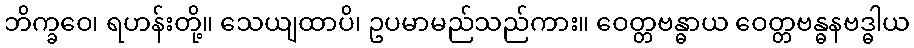
ဘိက္ခဝေ၊ ရဟန်းတို့။ သေယျထာပိ၊ ဥပမာမည်သည်ကား။ ဝေတ္တဗန္ဓာယ ဝေတ္တဗန္ဓနဗဒ္ဓါယ